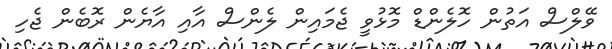
ވޭލްސް އަތުން ހޮލެންޑް މޮޅުވީ ޖެމައިން ލެންސް އާއި އާޔެން ރޮބެން ޖެހި